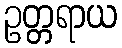
ဥတ္တရာယ